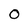
Character: O